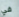
في